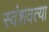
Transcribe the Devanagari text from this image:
स्वंशवत्या